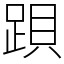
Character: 䟺